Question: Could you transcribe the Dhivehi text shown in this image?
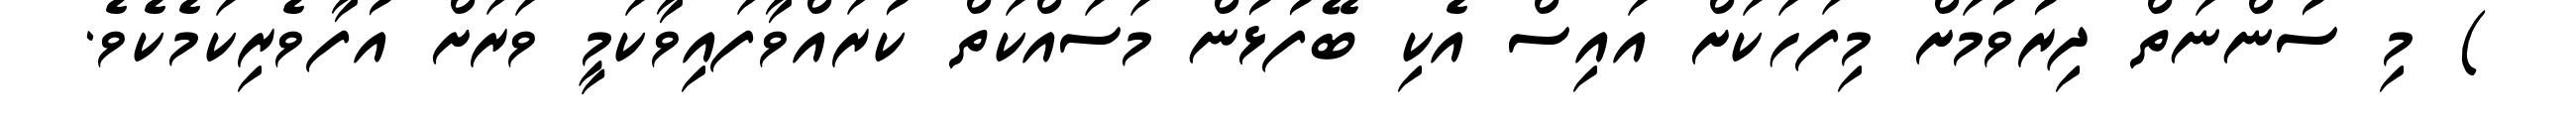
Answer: ) މި ސުންނަތް ދިރުވުމަށް މިފަހަކަށް އައިސް އެކި ބޭފުޅުން މަސައްކަތް ކުރައްވާފައިވާކަމީ ވަރަށް އުފާވެރިކަމެކެވެ.